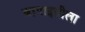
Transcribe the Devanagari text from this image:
बागाइतीला